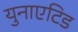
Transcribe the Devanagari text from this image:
युनाएटिड